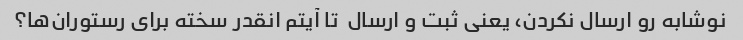
نوشابه رو ارسال نکردن، یعنی ثبت و ارسال  تا آیتم انقدر سخته برای رستوران‌ها؟